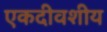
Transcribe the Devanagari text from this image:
एकदीवशीय